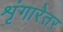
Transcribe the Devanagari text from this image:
शृंगारेतर